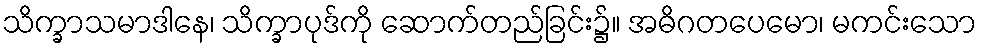
သိက္ခာသမာဒါနေ၊ သိက္ခာပုဒ်ကို ဆောက်တည်ခြင်း၌။ အဓိဂတပေမော၊ မကင်းသော